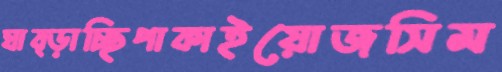
ঘাব্‌ড়াচ্ছিপাকাইয়োজসিম